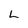
Character: L